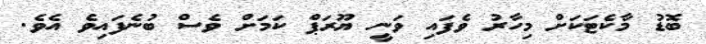
ބޮޑު މާކެޓަކަށް މިހާރު ވެފައި ވަނީ ޔޫރަޕް ކަމަށް ވެސް ބުނެފައިވެ އެވެ.